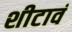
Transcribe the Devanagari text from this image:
शीटावं